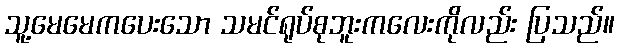
သူ့မေမေကပေးသော သမင်ရုပ်စုဘူးကလေးကိုလည်း ပြသည်။